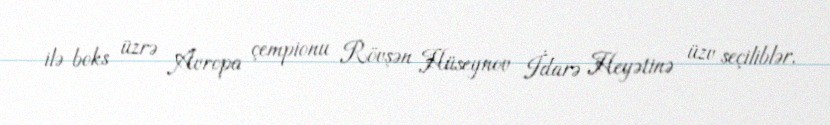
ilə boks üzrə Avropa çempionu Rövşən Hüseynov İdarə Heyətinə üzv seçiliblər.